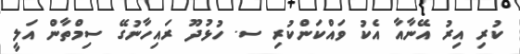
ކުރި އިރު އޭނާއާ އެކު ވައްކަންކުރި ސ. ހުޅުދޫ ރައިހާނުގޭ ސިމްތާން އަލީ